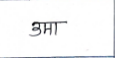
मजकूर: उमा